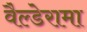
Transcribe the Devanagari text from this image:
वैल्डेरामा